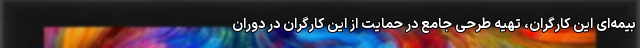
بیمه‌ای این کارگران، تهیه طرحی جامع در حمایت از این کارگران در دوران